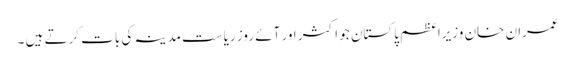
عمران خان وزیراعظم پاکستان جو اکثر اور آئے روز ریاست ِمدینہ کی بات کرتے ہیں ۔